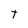
Character: T